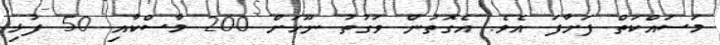
މަސައްކަތް ފަށާފަ އެވެ. އެގޮތުން ވަގުތު ނޫހަށް 200 މާސްކާއި 50 ފުޅި